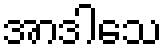
အာဒါသေ